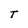
Character: T